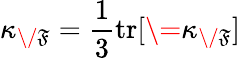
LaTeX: \kappa_{\/ \mathfrak{F}}=\frac{{1}}{{3}}\mathrm{{{tr}}}[\={\kappa}_{\/ \mathfrak{F}}]